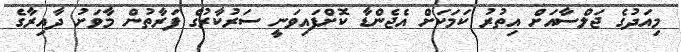
މިއަދުގެ ޖަލްސާއަށް އިތުރު ކަމަކަށް އެޖެންޑާ ކޮށްފައިވަނީ ސަރުކާރުގެ ފަރާތުން މާވަށު ދާއިރާގެ